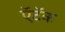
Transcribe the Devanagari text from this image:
ऍटॅक